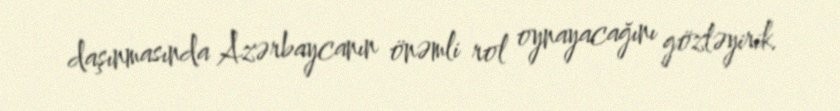
daşınmasında Azərbaycanın önəmli rol oynayacağını gözləyirik.